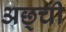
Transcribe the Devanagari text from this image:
अछ्ची